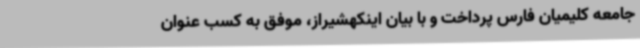
جامعه کلیمیان فارس پرداخت و با بیان اینکهشیراز، موفق به کسب عنوان